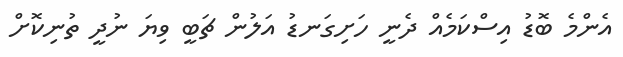
އެންމެ ބޮޑު އިސްކަމެއް ދެނީ ހަށިގަނޑު އަލުން ޗަބީ ވިޔަ ނުދީ ތުނިކޮށް